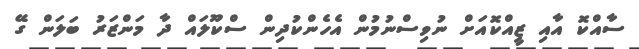
ސާއްކޮ އާއި ޒީއްކޮއަށް ނުވިސްނުމުން އެހެންކުދިން ސްކޫލައް ދާ މަންޒަރު ބަލަން ގޭ